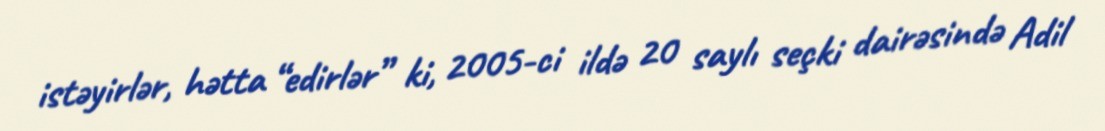
istəyirlər, hətta “edirlər” ki, 2005-ci ildə 20 saylı seçki dairəsində Adil